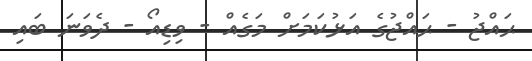
ޙައްޖު - ޙައްޖުގެ އަޅުކަމަށް މަގެއް - ވިޑިއޯ - ދެވަނަ ބައި